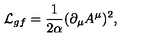
{ \cal L } _ { g f } = { \frac { 1 } { 2 \alpha } } ( \partial _ { \mu } A ^ { \mu } ) ^ { 2 } ,